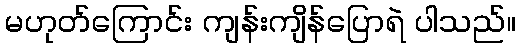
မဟုတ်ကြောင်း ကျန်းကျိန်ပြောရဲ ပါသည်။